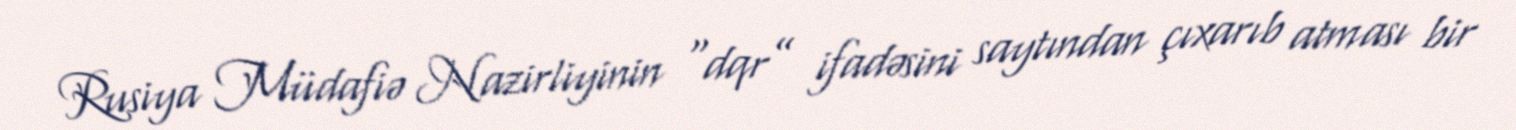
Rusiya Müdafiə Nazirliyinin “dqr” ifadəsini saytından çıxarıb atması bir